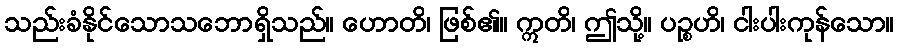
သည်းခံနိုင်သောသဘောရှိသည်။ ဟောတိ၊ ဖြစ်၏။ ဣတိ၊ ဤသို့။ ပဉ္စဟိ၊ ငါးပါးကုန်သော။